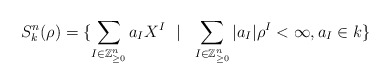
\begin{align*} S_k^n(\rho) = \{ \sum_{I \in \mathbb{Z}^{n}_{\geq 0}} a_I X^I\ \ | \ \ \sum_{I \in \mathbb{Z}^{n}_{\geq 0}} |a_I| \rho^I < \infty , a_I \in k\} \end{align*}